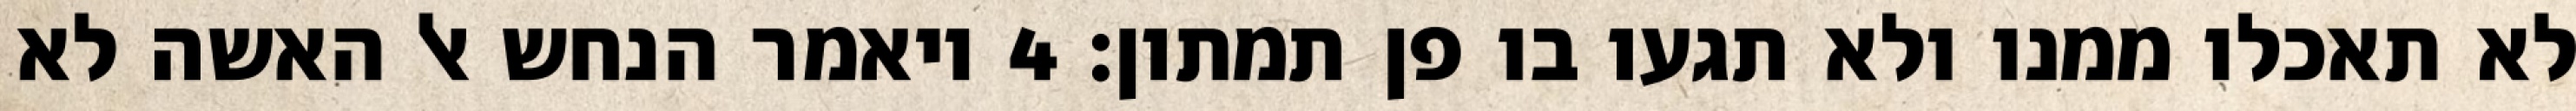
לא תאכלו ממנו ולא תגעו בו פן תמתון׃ ‎4‏ ויאמר הנחש אל האשה לא